Indian journal of veterinary science and animal husbandry - Volumes 18-21, 1948-1951
Year: 1948
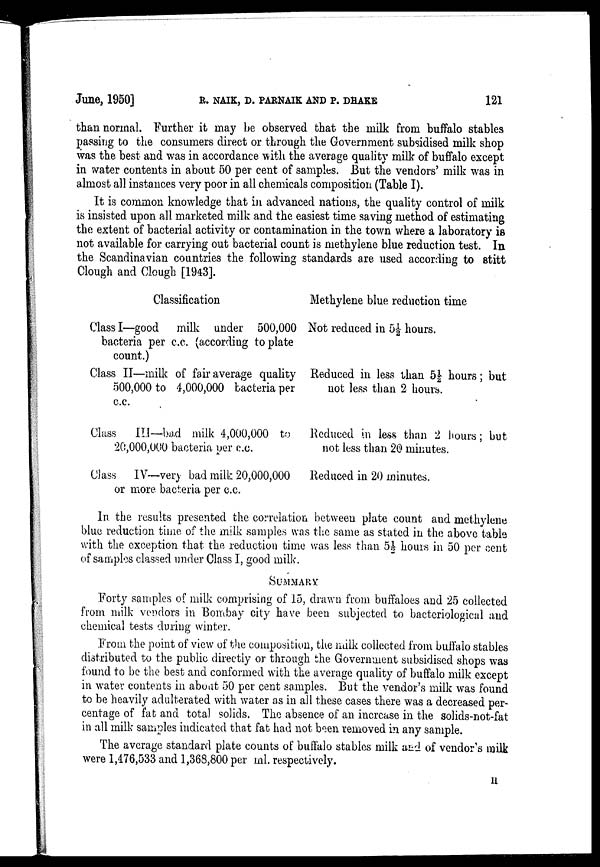
June, 1950]
R. NAIK, D. PARNAIK AND P. DHAKE 121
than normal. Further it may be observed that the milk from buffalo stables
passing to the consumers direct or through the Government subsidised milk shop
was the best and was in accordance with the average quality milk of buffalo except
in water contents in about 50 per cent of samples. But the vendors' milk was in
almost all instances very poor in all chemicals composition (Table I).
It is common knowledge that in advanced nations, the quality control of milk
is insisted upon all marketed milk and the easiest time saving method of estimating
the extent of bacterial activity or contamination in the town where a laboratory is
not available for carrying out bacterial count is methylene blue reduction test. In
the Scandinavian countries the following standards are used according to stitt
Clough and Clough [1943].
Classification
Class I—good milk under 500,000
bacteria per c.c. (according to plate
count.)
Class II—milk of fair average quality
500,000 to 4,000,000 bacteria per
c.c.
Class III—bad milk 4,000,000 to
20,000,000 bacteria per c.c.
Class IV—very bad milk 20,000,000
or more bacteria per c.c.
Methylene blue reduction time
Not reduced in 5½ hours.
Reduced in less than 5½ hours; but
not less than 2 hours.
Reduced in less than 2 hours ; but
not less than 20 minutes.
Reduced in 20 minutes.
In the results presented the correlation between plate count and methylene
blue reduction time of the milk samples was the same as stated in the above table
with the exception that the reduction time was less than 5½ hours in 50 per cent
of samples classed under Class I, good milk.
SUMMARY
Forty samples of milk comprising of 15, drawn from buffaloes and 25 collected
from milk vendors in Bombay city have been subjected to bacteriological and
chemical tests during winter.
From the point of view of the composition, the milk collected from buffalo stables
distributed to the public directly or through the Government subsidised shops was
found to be the best and conformed with the average quality of buffalo milk except
in water contents in about 50 per cent samples. But the vendor's milk was found
to be heavily adulterated with water as in all these cases there was a decreased per-
centage of fat and total solids. The absence of an increase in the solids-not-fat
in all milk samples indicated that fat had not been removed in any sample.
The average standard plate counts of buffalo stables milk and of vendor's milk
were 1,476,533 and 1,368,800 per ml. respectively.
11